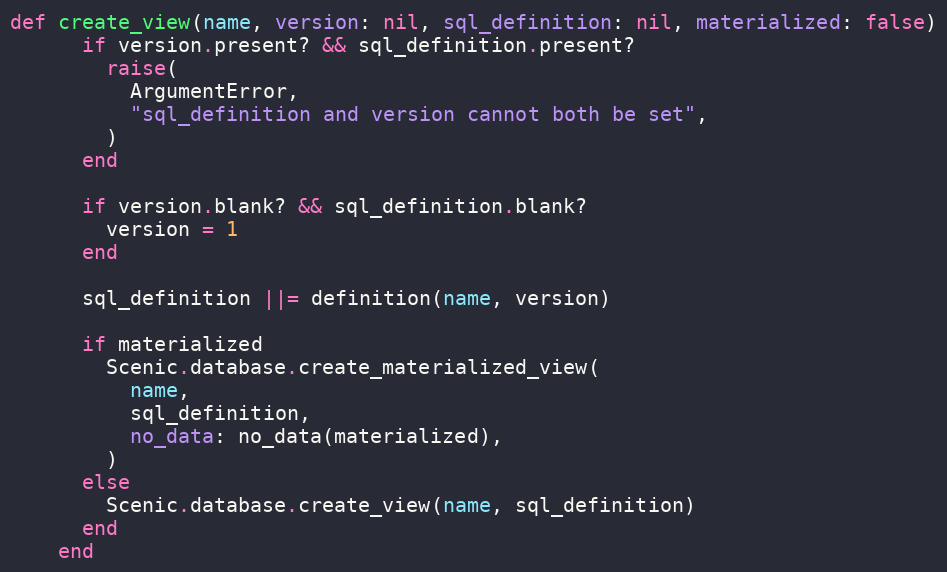
Language: Ruby
def create_view(name, version: nil, sql_definition: nil, materialized: false)
      if version.present? && sql_definition.present?
        raise(
          ArgumentError,
          "sql_definition and version cannot both be set",
        )
      end

      if version.blank? && sql_definition.blank?
        version = 1
      end

      sql_definition ||= definition(name, version)

      if materialized
        Scenic.database.create_materialized_view(
          name,
          sql_definition,
          no_data: no_data(materialized),
        )
      else
        Scenic.database.create_view(name, sql_definition)
      end
    end